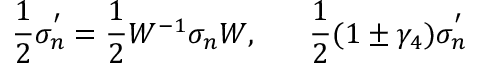
\frac { 1 } { 2 } \sigma _ { n } ^ { ' } = \frac { 1 } { 2 } W ^ { - 1 } \sigma _ { n } W , ~ ~ ~ ~ ~ \frac { 1 } { 2 } ( 1 \pm \gamma _ { 4 } ) \sigma _ { n } ^ { ' }